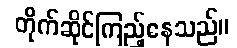
တိုက်ဆိုင်ကြည့်နေသည်။